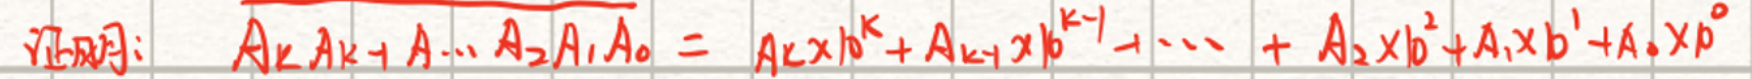
证明: \(A_{k}A_{k - 1}\cdots A_{2}A_{1}A_{0} = A_{k}x^{k}+A_{k - 1}x^{k - 1}+\cdots + A_{2}x^{2}+A_{1}x^{1}+A_{0}x^{0}\)